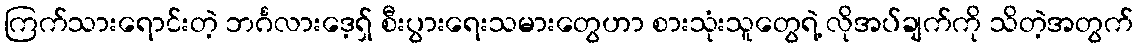
ကြက်သားရောင်းတဲ့ ဘင်္ဂလားဒေ့ရှ် စီးပွားရေးသမားတွေဟာ စားသုံးသူတွေရဲ့ လိုအပ်ချက်ကို သိတဲ့အတွက်